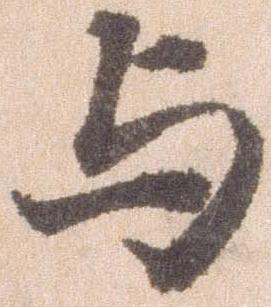
与